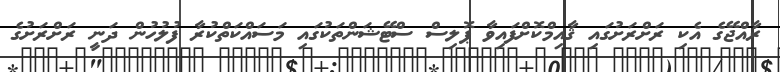
ރާއްޖޭގެ އެކި ރަށްރަށުގައި ޤާއިމްކޮށްފައިވާ ޕޮލިސް ސްޓޭޝަންތަކުގައި މަސައްކަތްކުރާ ފުލުހުން ދަނީ ރަށްރަށުގެ